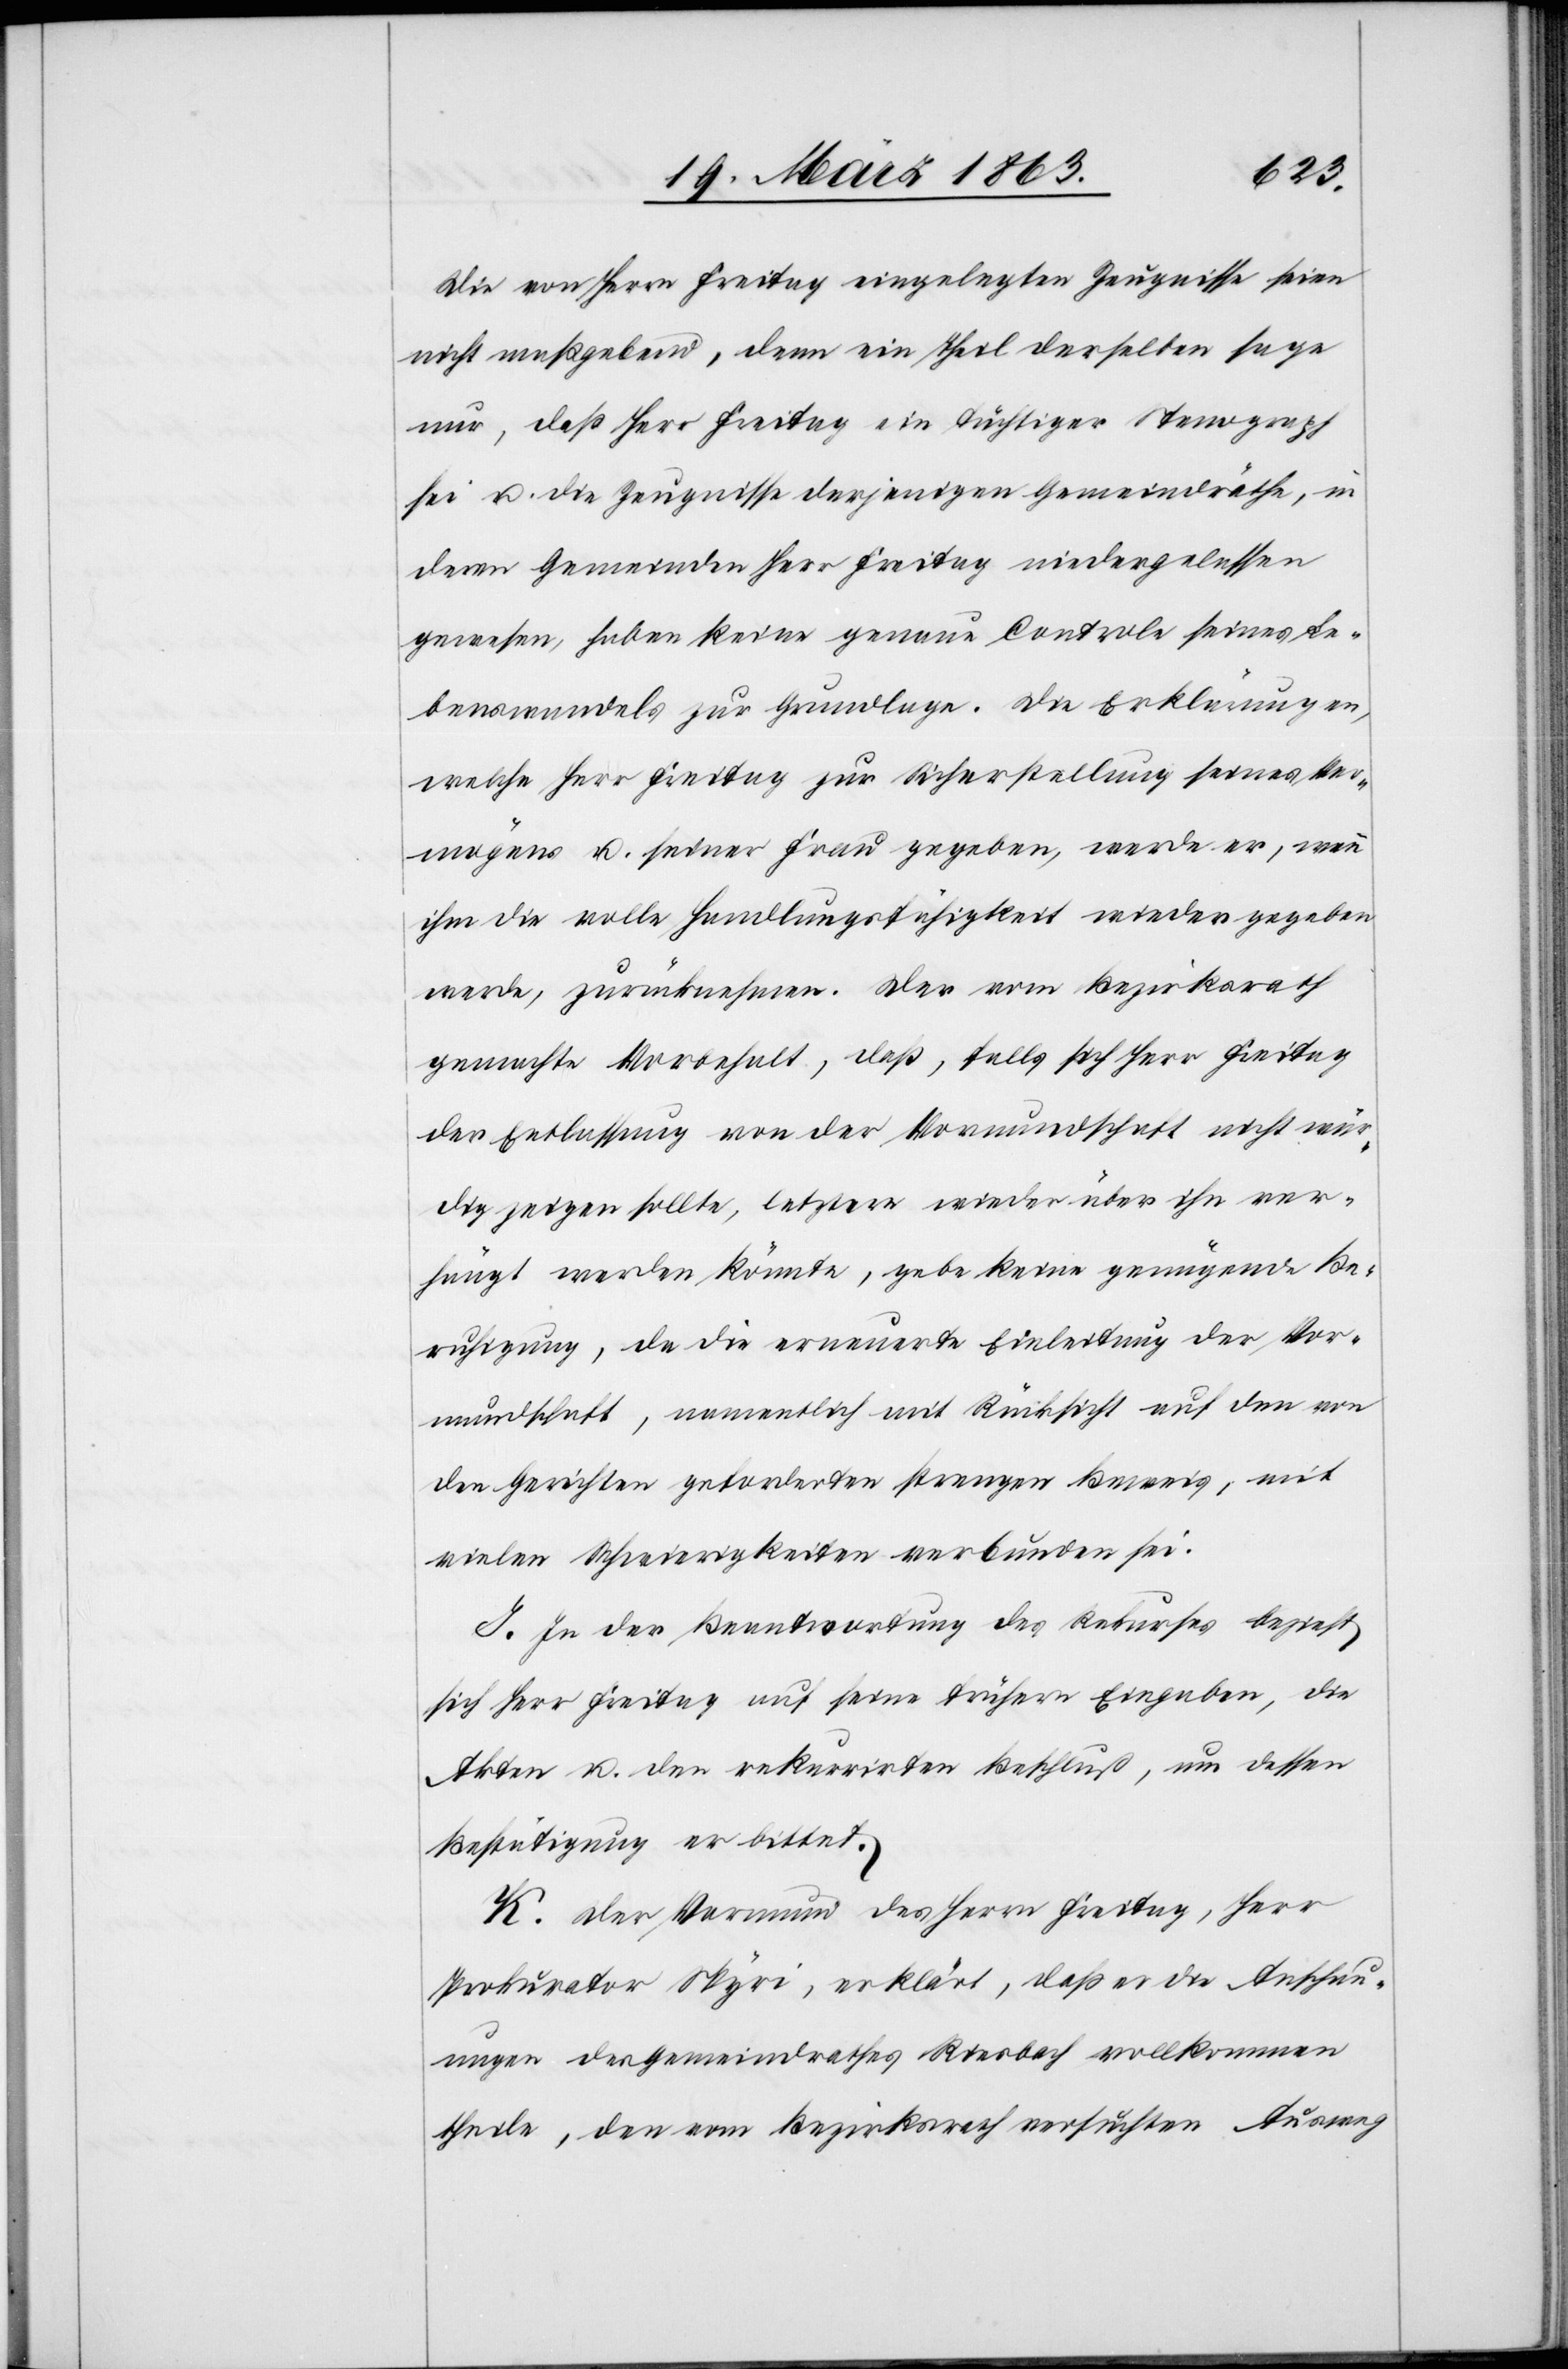
Die von Herrn Freitag eingelegten Zeugnisse seien
nicht maßgebend, denn ein Theil derselben sage
nur, daß Herr Freitag ein tüchtiger Stenograph
sei u. die Zeugnisse derjenigen Gemeindräthe, in
deren Gemeinden Herr Freitag niedergelassen
gewesen, haben keine genaue Controle seines Le¬
benswandels zur Grundlage. Die Erklärungen,
welche Herr Freitag zur Sicherstellung seines Ver¬
mögens u. seiner Frau gegeben, werde er, wie
ihm die volle Handlungsfähigkeit wieder gegeben
werde, zurücknehmen. Der vom Bezirksrath
gemachte Vorbehalt, daß falls sich Herr Freitag
der Entlassung von der Vormundschaft nicht wür¬
dig zeigen sollte, letztere wieder über ihn ver¬
hängt werden könnte, gebe keine genügende Be¬
ruhigung, da die erneuerte Einleitung der Vor¬
mundschaft, namentlich mit Rücksicht auf den von
den Gerichten geforderten strengen Beweis, mit
vielen Schwierigkeiten verbunden sei.
I. In der Beantwortung des Rekurses bezieht
sich Herr Freitag auf seine frühern Eingaben, die
Akten u. den rekurrirten Beschluß, um dessen
Bestätigung er bittet.
K. Der Vormund des Herrn Freitag, Herr
Prokurator Spyri, erklärt, daß er die Anschau¬
ungen des Gemeindrathes Riesbach vollkommen
theile, den vom Bezirksrath versuchten Ausweg